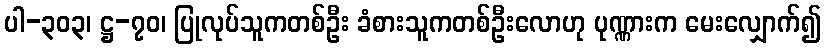
ပါ-၃၀၃၊ ဋ္ဌ-၇၀၊ ပြုလုပ်သူကတစ်ဦး ခံစားသူကတစ်ဦးလောဟု ပုဏ္ဏားက မေးလျှောက်၍